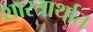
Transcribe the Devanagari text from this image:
शास्त्रार्थात